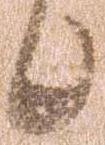
候